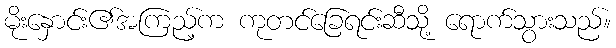
မိုးနှောင်း၏အကြည့်က ကုတင်ခြေရင်းဆီသို့ ရောက်သွားသည်။